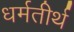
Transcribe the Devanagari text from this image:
धर्मतीर्थ